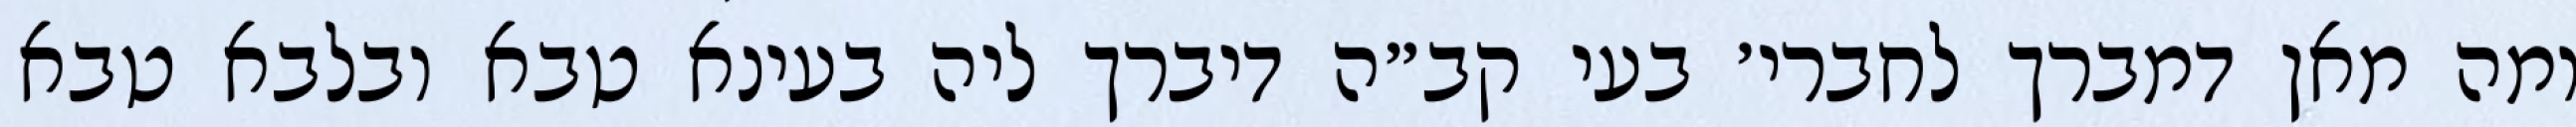
ומה מאן דמברך לחברי׳ בעי קב״ה דיברך ליה בעינא טבא ובלבא טבא